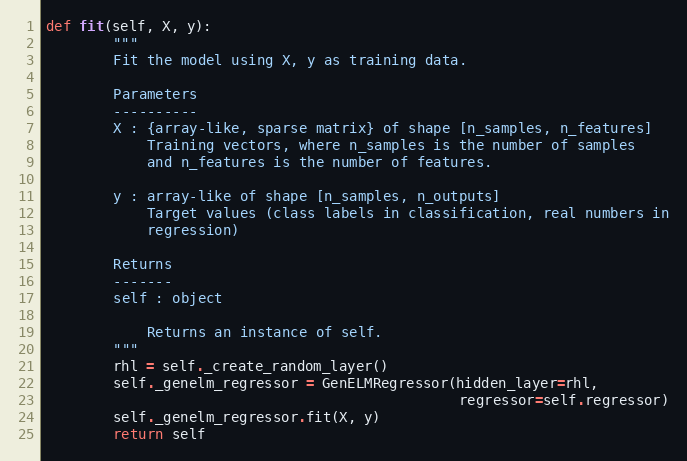
Language: Python
def fit(self, X, y):
        """
        Fit the model using X, y as training data.

        Parameters
        ----------
        X : {array-like, sparse matrix} of shape [n_samples, n_features]
            Training vectors, where n_samples is the number of samples
            and n_features is the number of features.

        y : array-like of shape [n_samples, n_outputs]
            Target values (class labels in classification, real numbers in
            regression)

        Returns
        -------
        self : object

            Returns an instance of self.
        """
        rhl = self._create_random_layer()
        self._genelm_regressor = GenELMRegressor(hidden_layer=rhl,
                                                 regressor=self.regressor)
        self._genelm_regressor.fit(X, y)
        return self